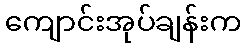
ကျောင်းအုပ်ချန်းက